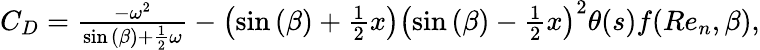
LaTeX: \begin{array}{r}{C_{D}={}\frac{-\omega^{2}}{\sin{(\beta)}+\frac{1}{2}\omega}-\left(\sin{(\beta)}+\frac{1}{2}x\right)\left(\sin{(\beta)}-\frac{1}{2}x\right)^{2}\theta(s)f(Re_{n},\beta),}\end{array}